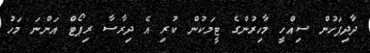
ދާދިފަހުން ސިއްހީ މާހިރުންގެ ޓީމަކުން ކުރި އެ ދިރާސާ ރިޕޯޓް އަންނަ މަހު